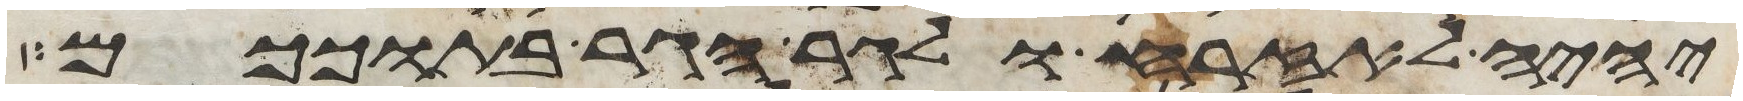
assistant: יהיה לאזרח ולגר הגר בתוככם